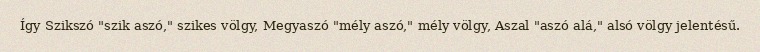
Így Szikszó "szik aszó," szikes völgy, Megyaszó "mély aszó," mély völgy, Aszal "aszó alá," alsó völgy jelentésű.